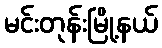
မင်းတုန်းမြို့နယ်